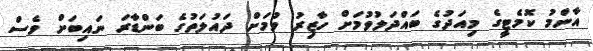
އާންމު ކޮމެޓީގެ މިއަދުގެ ބައްދަލުވުމަށް ހާޒިރު ވުމަށް ދައުލަތުގެ ބަންޑާރަ ނައިބަށް ވެސް